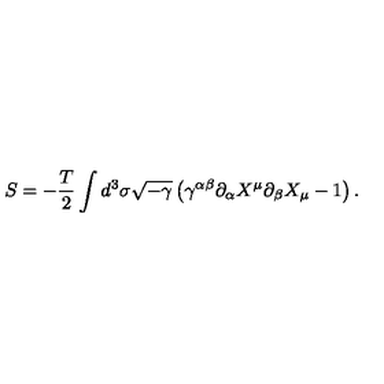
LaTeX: S = - \frac { T } { 2 } \int d ^ { 3 } \sigma \sqrt { - \gamma } \left( \gamma ^ { \alpha \beta } \partial _ { \alpha } X ^ { \mu } \partial _ { \beta } X _ { \mu } - 1 \right) .